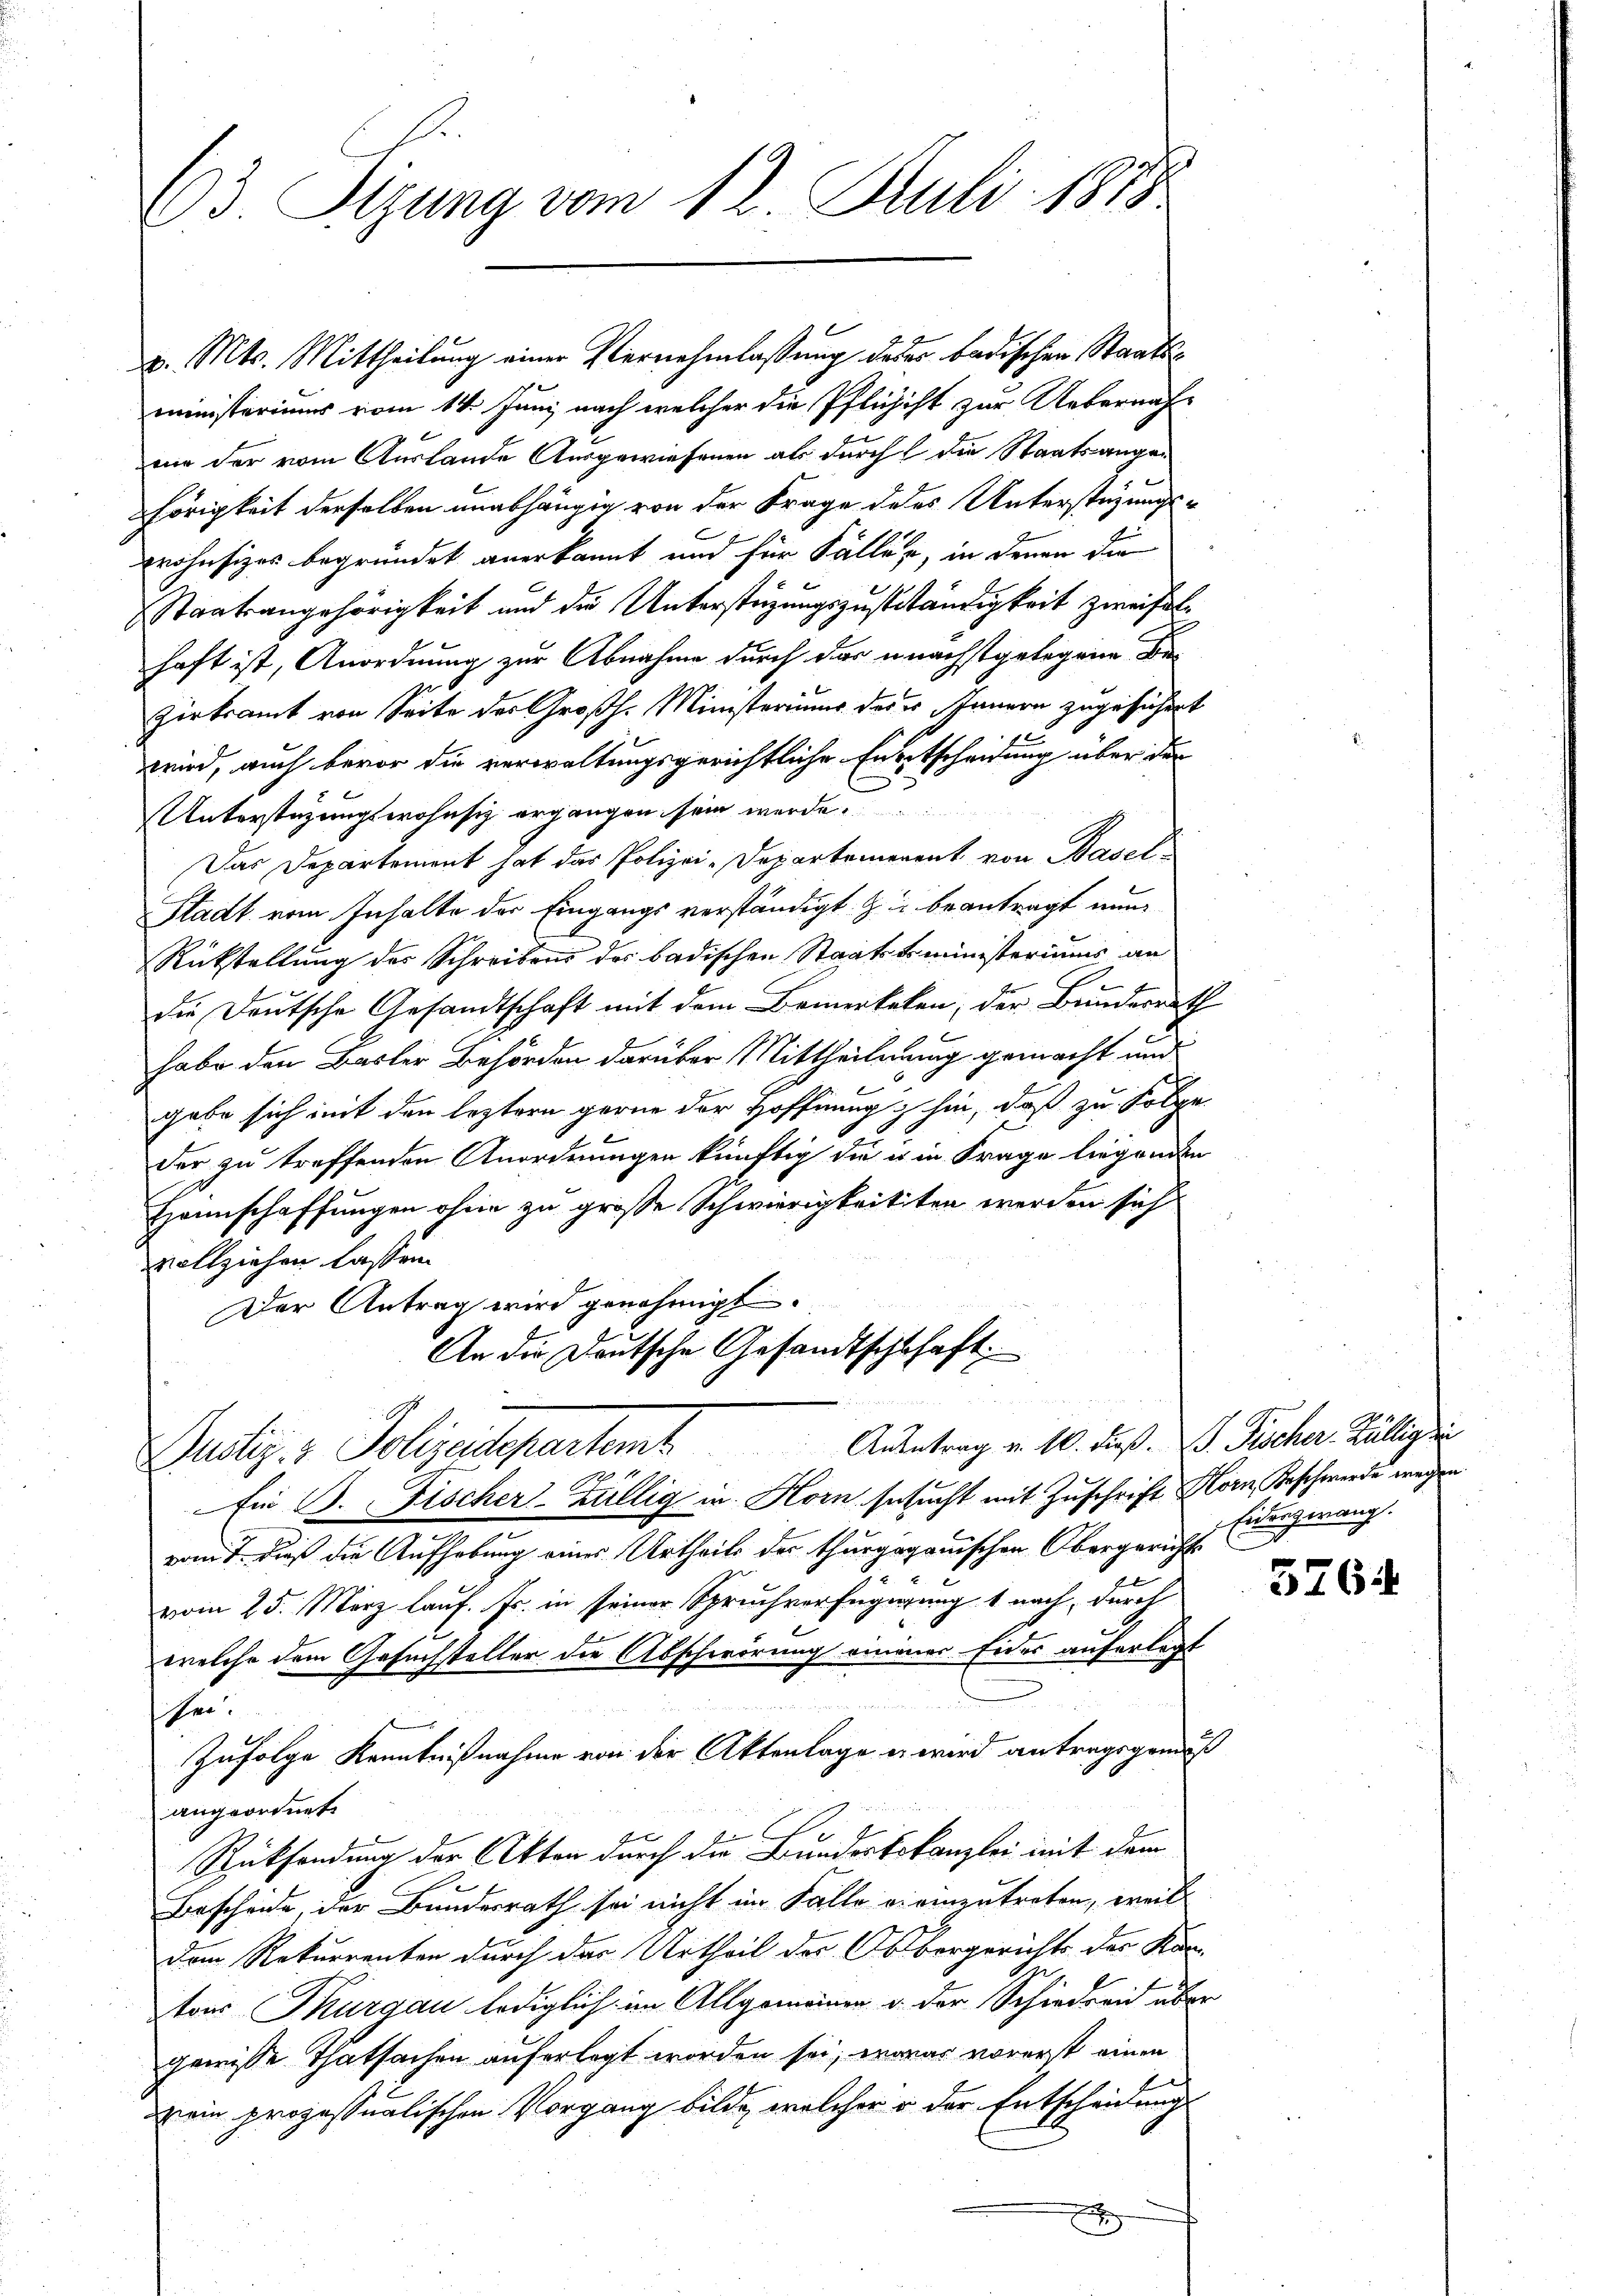
23. Sitzung vom 12. Juli 1878

v. Mts. Mittheilung einer Vernehmlassung deser badischen Staatsministeriums vom 14. Juni nach welcher die Pflichist zur Uebernah-
mie der vom Auslande Ausgewiesenen als durch die Staatsangehörigkeit derselben unabhängig von der Frage deses Unterstüzungs¬
2
wrohnsitzes begründet anerkannt und für Fällen, in denen die
Staatsangehörigkeit und die Unterstüzungszuständigkeit zweifelhaft ist, Anordnung zur Abnahme durch das unächstgelegene Di¬
Zirkramt von Seite des Großh. Ministeriums des es Innern zugesicher-
wird, auch bevor die verwaltungsgerichtliche Entscheidung über den
Unterstüzungswohnsitz ergangen sein werde.
Das Departement hat das Polizei-Departemenant von Basel-
Stadt vom Inhalte der Eingangs verständigt. Zu beantragt nun¬
Rückstellung der Schreibens des badischen Staatskoministeriums an
die Deutsche Gesandtschaft mit dem Bemerkelen, der Bunderen
habe den Basler Behörden darüber Mittheilung gemacht und
gabe sich mit den leztern gerne der Hoffnung hin, daß zu Folge
der zu treffenden Anordnungen künftig die es in Frage liegenden
Hannschaffungen ohne zu große Schwierigkeitten werden sich
vollziehen laßen.
Der Antrag wird genehmigt.
An die Deutsche Gesandtschschaft
u
Dustiz- & Polizeidepartamt Andertrag v. 10. dieß. D. Pucher Bälligen
Ein B. Fischer-Züllig in Horn besucht mit Zuschrift Horn, Beschwerde wegen.
romit dieß die Aufhebung eines Urtheils der thurgaganischen Obergericht
vom 25. März lauf. Fr. in seiner Spruchverfügigung 1 nach, durch
welche dem Gesuchstalter die Abschwörung einener Eides auferlegt
sen.
Zufolge Kenntnißnahme von der Aktenlage es wird antragsgrund
angeordnet.
Rücksendung der Akten durch die Bundestokanzlei mit dem
Beschende, der Bundesrath sei nicht im Falle vi einzutreten, weil
dem Rekurrenten durch das Urtheil der Obergerichts des Ka-
tons Thurgau lediglich im Allgemeinen u. der Schiederend es
gewisse Thatsachen auferlegt worden sei, worar vorerst einen
2
drein prozessualischen Vorgang bilde, welcher u der Entscheinung
x

Eidenzwang.

1
i
.

2
r

5764